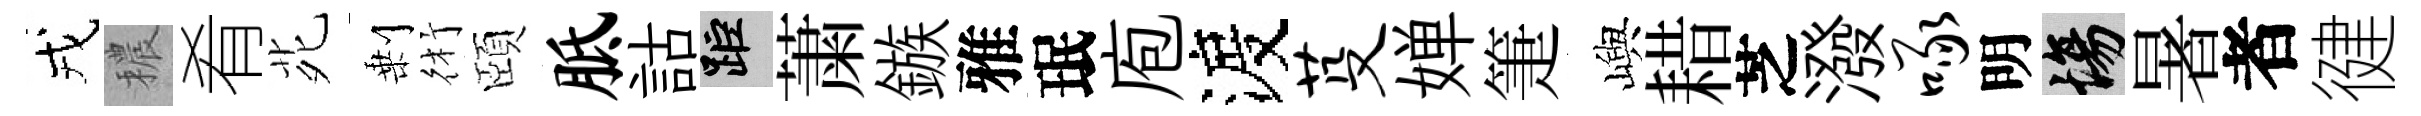
戎穠肴𫟍剰術頤胝詁距䔥鏃雅珉庖渡芟婵箑嶼耤芝潑啄明場暑者徤